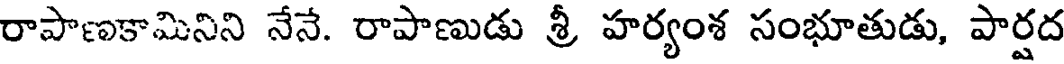
రాపాణకామినిని నేనే. రాపాణుడు శ్రీ హర్యంశ సంభూతుడు, పార్షద